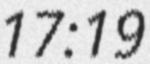
17:19